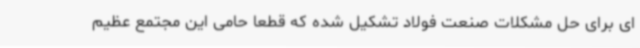
ای برای حل مشکلات صنعت فولاد تشکیل شده که قطعاً حامی این مجتمع عظیم